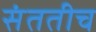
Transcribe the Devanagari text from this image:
संततीच